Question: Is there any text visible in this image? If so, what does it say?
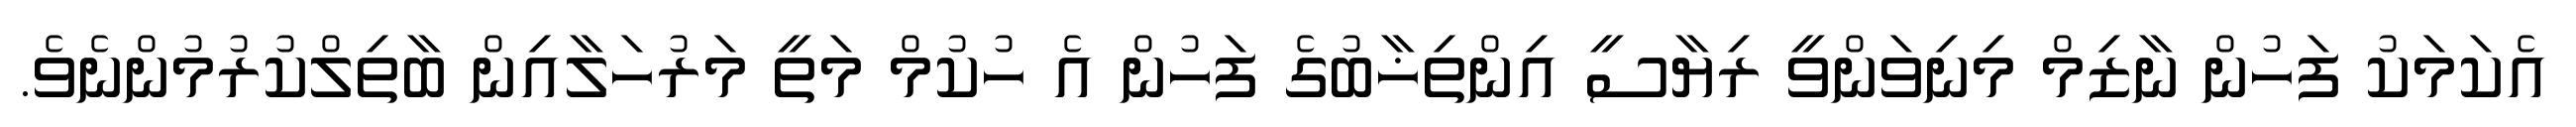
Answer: އެކަމަކު ފަހުން ނާޒިމް މިނިވަންވީ ރިޔާސީ އިންތިޚާބުގެ ފަހުން އެ ހުކުމް މަތީ މަރުހަލާއިން ބާތިލްކުރުމުންނެވެ.